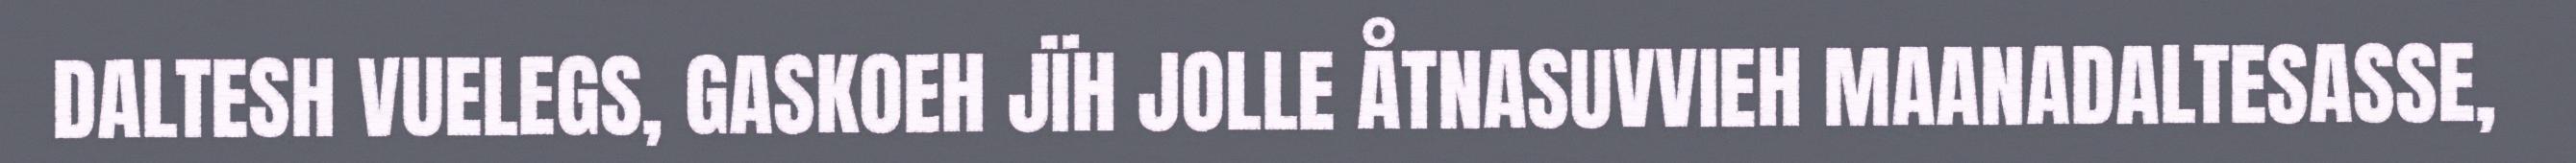
DALTESH VUELEGS, GASKOEH JÏH JOLLE ÅTNASUVVIEH MAANADALTESASSE,